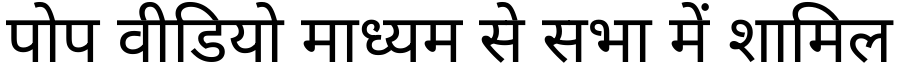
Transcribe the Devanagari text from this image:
पोप वीडियो माध्यम से सभा में शामिल